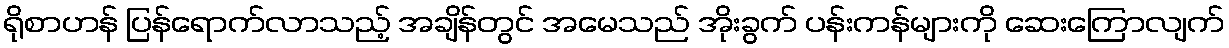
ရိုစာဟန် ပြန်ရောက်လာသည့် အချိန်တွင် အမေသည် အိုးခွက် ပန်းကန်များကို ဆေးကြောလျက်